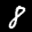
Label: 8